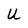
Character: U